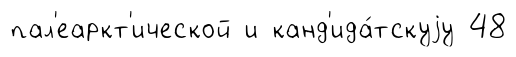
пал'еаркт'ической и канд'ида́тскуjу 48